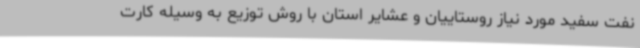
نفت سفید مورد نیاز روستاییان و عشایر استان با روش توزیع به وسیله کارت